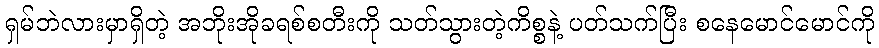
ရှမ်ဘဲလားမှာရှိတဲ့ အဘိုးအိုခရစ်စတီးကို သတ်သွားတဲ့ကိစ္စနဲ့ ပတ်သက်ပြီး စနေမောင်မောင်ကို